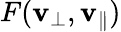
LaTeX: F(\mathbf{v}_{\perp},\mathbf{v}_{\parallel})